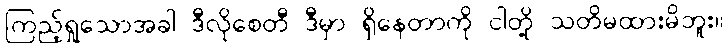
ကြည့်ရှုသောအခါ ဒီလိုစေတီ ဒီမှာ ရှိနေတာကို ငါတို့ သတိမထားမိဘူး။